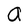
Character: a